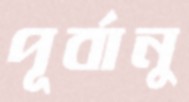
পূর্বানু